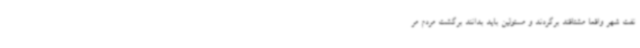
نفت شهر واقعا مشتاقند برگردند و مسئولین باید بدانند برگشت مردم مر